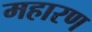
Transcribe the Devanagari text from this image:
महारण